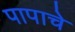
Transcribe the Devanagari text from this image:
पापाचे